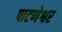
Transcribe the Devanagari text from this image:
पाटणेश्वर